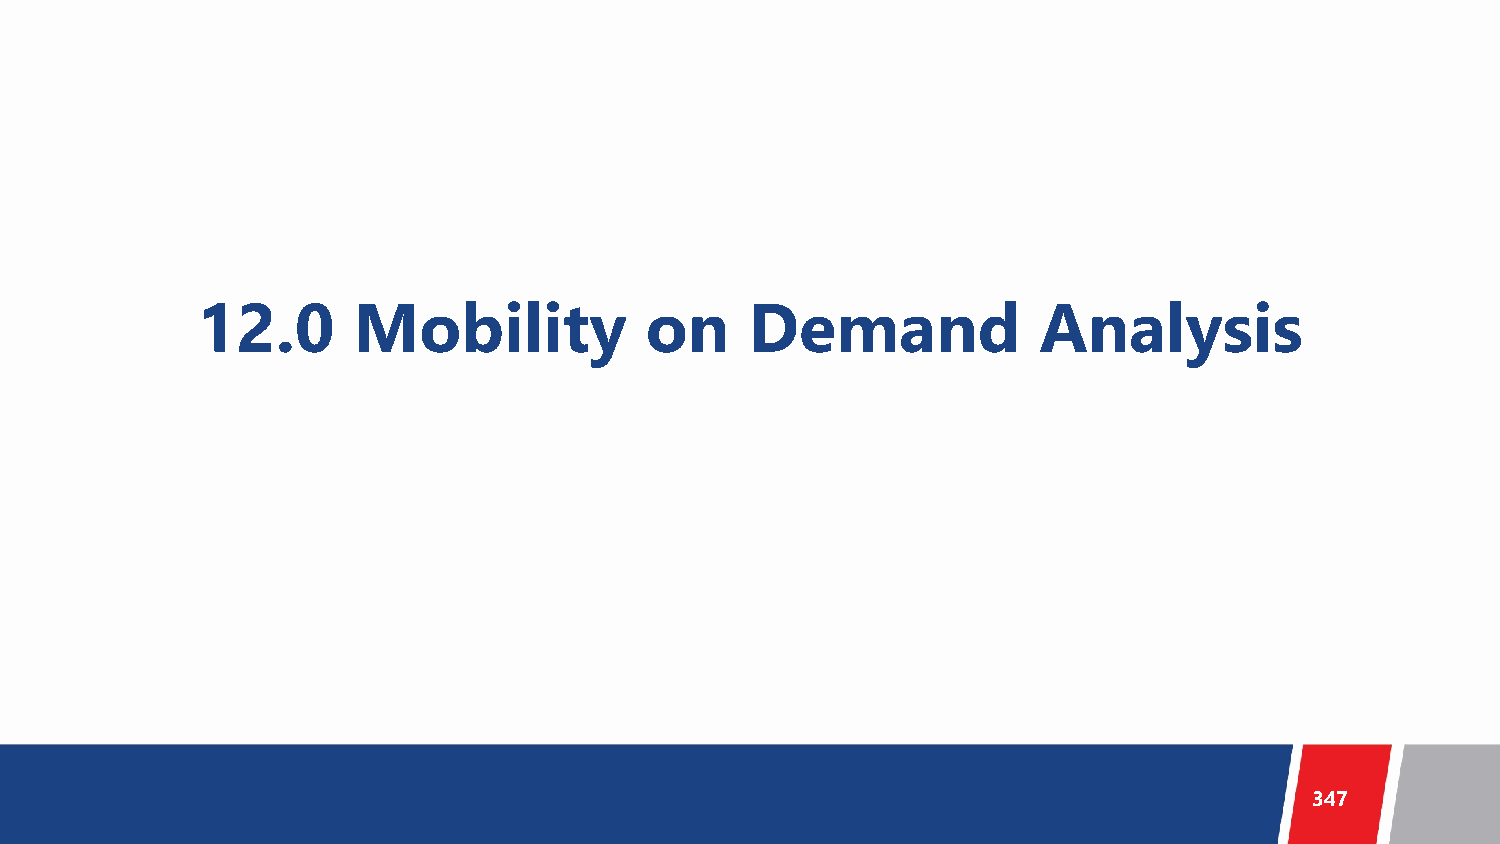
12.0      Mobility            on     Demand             Analysis
 347